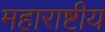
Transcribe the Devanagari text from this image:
महाराष्टीय